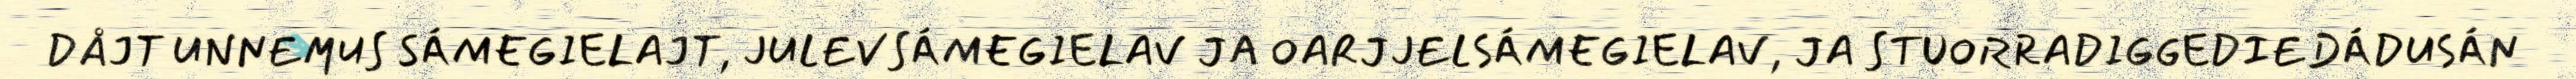
DÅJT UNNEMUS SÁMEGIELAJT, JULEVSÁMEGIELAV JA OARJJELSÁMEGIELAV, JA STUORRADIGGEDIEDÁDUSÁN